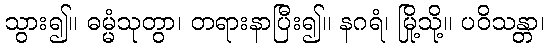
သွား၍။ ဓမ္မံသုတွာ၊ တရားနာပြီး၍။ နဂရံ၊ မြို့သို့။ ပဝိသန္တာ၊